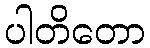
ပါတိတော